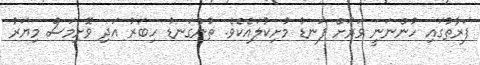
ފަރާތުގައި ހުންނަނީ ވަރަށް ފަނޑު މުށިކުލައެކެވެ. ތުންގަނޑު ހިބަރު އަދި ވޮށިމަސް މިޔަރު